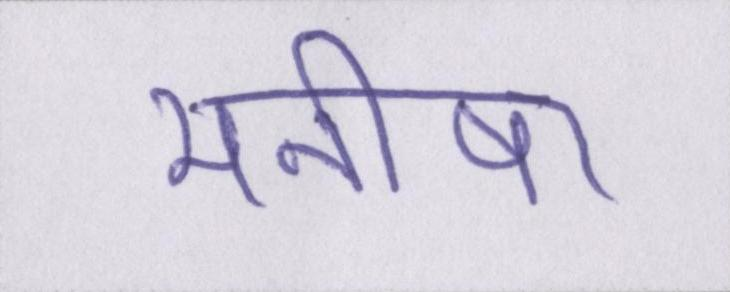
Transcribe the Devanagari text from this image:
मनीषा